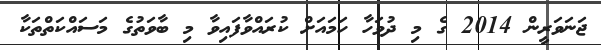
ޖަނަވަރީން 2014 ގެ މި ދުވަހާ ހަމައަށް ކުރައްވާފައިވާ މި ބާވަތުގެ މަސައްކަތްތަކާ